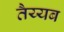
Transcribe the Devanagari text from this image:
तैय्यब